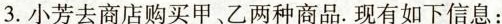
3.小芳去商店购买甲、乙两种商品.现有如下信息：